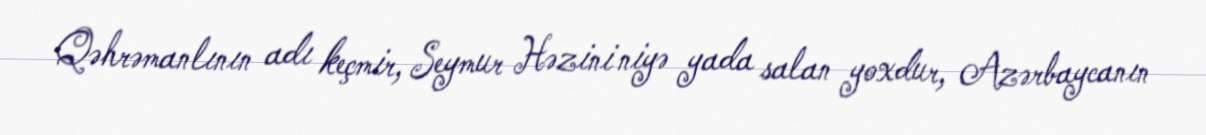
Qəhrəmanlının adı keçmir, Seymur Həzini niyə yada salan yoxdur, Azərbaycanın